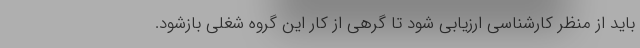
باید از منظر کارشناسی ارزیابی شود تا گرهی از کار این گروه شغلی بازشود.